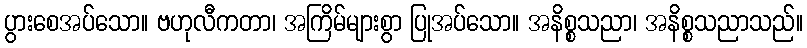
ပွားစေအပ်သော။ ဗဟုလီကတာ၊ အကြိမ်များစွာ ပြုအပ်သော။ အနိစ္စသညာ၊ အနိစ္စသညာသည်။